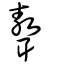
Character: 聱